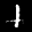
Label: 1